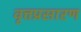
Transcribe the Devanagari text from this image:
वृत्तप्रसारण